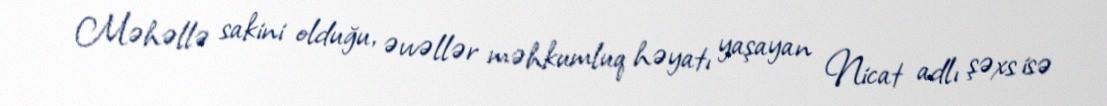
Məhəllə sakini olduğu, əvvəllər məhkumluq həyatı yaşayan Nicat adlı şəxs isə